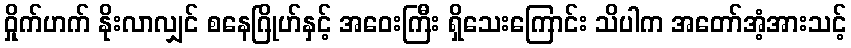
ဝှိုက်ဟက် နိုးလာလျှင် စနေဂြိုဟ်နှင့် အဝေးကြီး ရှိသေးကြောင်း သိပါက အတော်အံ့အားသင့်